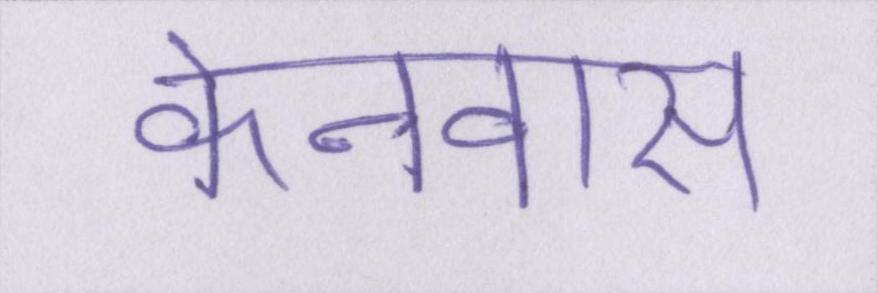
केनवास